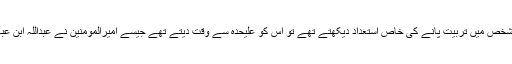
اسی طرح معصومین بھی اگر کسی شخص میں تربیّت پانے کی خاص استعداد دیکھتے تھے تو اس کو علیحدہ سے وقت دیتے تھے جیسے امیرالمومنین نے عبداللہ ابن عباس کی بطور مفسِّرِ قرآن تربیّت کی۔